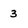
Character: 3